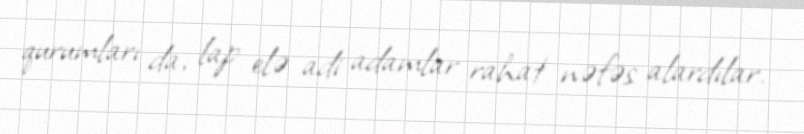
qurumları da, lap elə adi adamlar rahat nəfəs alardılar.